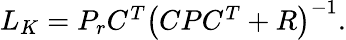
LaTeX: \begin{array}{r}{L_{K}=P_{r}C^{T}\big(CPC^{T}+R\big)^{-1}.}\end{array}